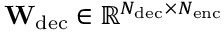
\mathbf { W } _ { \mathrm { d e c } } \in \mathbb { R } ^ { N _ { \mathrm { d e c } } \times N _ { \mathrm { e n c } } }